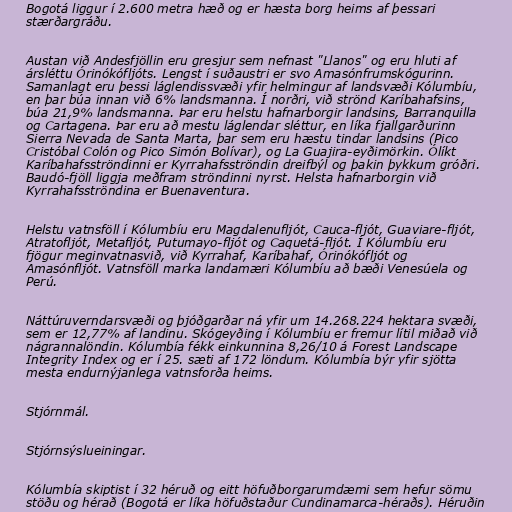
Bogotá liggur í 2.600 metra hæð og er hæsta borg heims af þessari
stærðargráðu.

Austan við Andesfjöllin eru gresjur sem nefnast "Llanos" og eru hluti af
ársléttu Órinókófljóts. Lengst í suðaustri er svo Amasónfrumskógurinn.
Samanlagt eru þessi láglendissvæði yfir helmingur af landsvæði Kólumbíu,
en þar búa innan við 6% landsmanna. Í norðri, við strönd Karíbahafsins,
búa 21,9% landsmanna. Þar eru helstu hafnarborgir landsins, Barranquilla
og Cartagena. Þar eru að mestu láglendar sléttur, en líka fjallgarðurinn
Sierra Nevada de Santa Marta, þar sem eru hæstu tindar landsins (Pico
Cristóbal Colón og Pico Simón Bolívar), og La Guajira-eyðimörkin. Ólíkt
Karíbahafsströndinni er Kyrrahafsströndin dreifbýl og þakin þykkum gróðri.
Baudó-fjöll liggja meðfram ströndinni nyrst. Helsta hafnarborgin við
Kyrrahafsströndina er Buenaventura.

Helstu vatnsföll í Kólumbíu eru Magdalenufljót, Cauca-fljót, Guaviare-fljót,
Atratofljót, Metafljót, Putumayo-fljót og Caquetá-fljót. Í Kólumbíu eru
fjögur meginvatnasvið, við Kyrrahaf, Karíbahaf, Órinókófljót og
Amasónfljót. Vatnsföll marka landamæri Kólumbíu að bæði Venesúela og
Perú.

Náttúruverndarsvæði og þjóðgarðar ná yfir um 14.268.224 hektara svæði,
sem er 12,77% af landinu. Skógeyðing í Kólumbíu er fremur lítil miðað við
nágrannalöndin. Kólumbía fékk einkunnina 8,26/10 á Forest Landscape
Integrity Index og er í 25. sæti af 172 löndum. Kólumbía býr yfir sjötta
mesta endurnýjanlega vatnsforða heims.

Stjórnmál.

Stjórnsýslueiningar.

Kólumbía skiptist í 32 héruð og eitt höfuðborgarumdæmi sem hefur sömu
stöðu og hérað (Bogotá er líka höfuðstaður Cundinamarca-héraðs). Héruðin